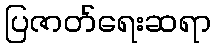
ပြဇာတ်ရေးဆရာ